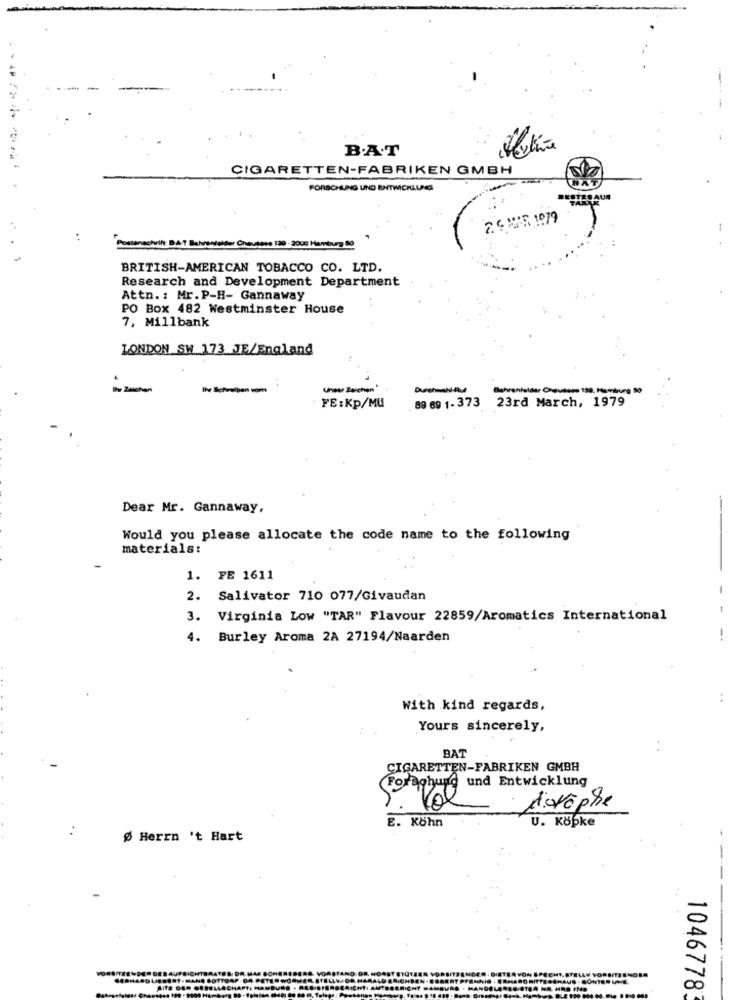
B.A.T
..-----
CIGARETTEN-FABRIKEN GMBH
FORSCHUNG UND ENTWICKLUNG
TROAUS
2.6 MAR 1079
..
wilt BA-T Bahrenfelder Chausses 129 - 2000 Hamburg BO
BRITISH-AMERICAN TOBACCO CO. LTD.
Research and Development Department
Attn. : Mr. P-H- Gannaway
PO Box 482 Westminster House
7, Millbank
LONDON SW 173 JE/England
Its Zaishan
Unser Zeichen"
Behrenfelder Chausses 199, Hamburg 80
FE:Kp/MU
89 69 1-373 23rd March, 1979
Dear Mr. Gannaway,
Would you please allocate the code name to the following
materials:
1. PE 1611
-
2. Salivator 710 077/Givaudan
3.
Virginia Low "TAR" Flavour 22859/Aromatics International
4.
Burley Aroma 2A 27194/Naarden
..
With kind regards,
Yours sincerely,
BAT
CIGARETTEN-FABRIKEN GMBH
Foraghund und Entwicklung
Avophe
E. Köhn
U. Köpke
Ø Herrn 't Hart
--
-
1046778